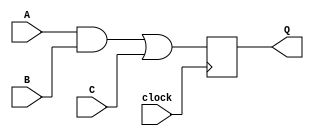
module my_circuit (A, B, C, Q, clock);

	input	A;
	input	B;
	input	C;
	output	Q;
	input	clock;
	
	wire	D;
	
	assign	D = (A&B)|C;
	
	reg		Q;
	
	always @(posedge clock)
		Q <= D;

endmodule